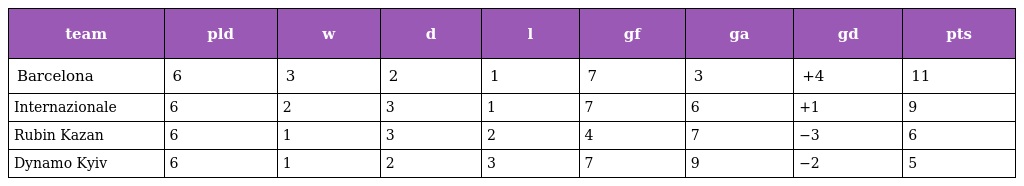
| team | pld | w | d | l | gf | ga | gd | pts |
 | --- | --- | --- | --- | --- | --- | --- | --- | --- |
 | Barcelona | 6 | 3 | 2 | 1 | 7 | 3 | +4 | 11 |
 | Internazionale | 6 | 2 | 3 | 1 | 7 | 6 | +1 | 9 |
 | Rubin Kazan | 6 | 1 | 3 | 2 | 4 | 7 | −3 | 6 |
 | Dynamo Kyiv | 6 | 1 | 2 | 3 | 7 | 9 | −2 | 5 |